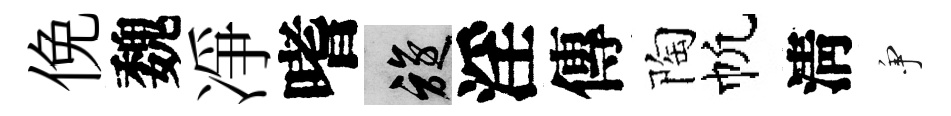
俛魏凈嗜旋淫傳陶帆淸争